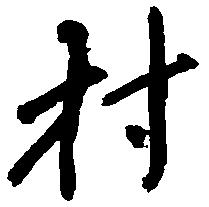
村